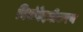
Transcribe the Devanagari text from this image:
विसंवेदनीकरण